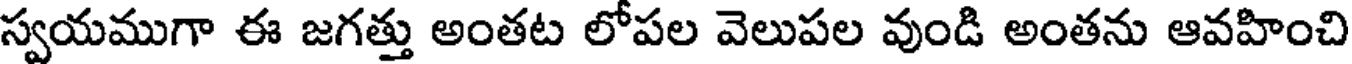
స్వయముగా ఈ జగత్తు అంతట లోపల వెలుపల వుండి అంతను ఆవహించి